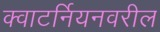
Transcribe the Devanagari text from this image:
क्वाटर्नियनवरील